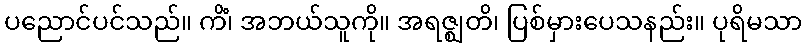
ပညောင်ပင်သည်။ ကိံ၊ အဘယ်သူကို။ အရဇ္ဈတိ၊ ပြစ်မှားပေသနည်း။ ပုရိမသာ